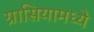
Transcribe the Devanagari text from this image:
ग्रासियामध्ये